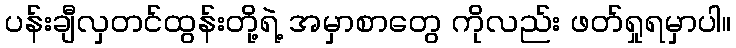
ပန်းချီလှတင်ထွန်းတို့ရဲ့ အမှာစာတွေ ကိုလည်း ဖတ်ရှုရမှာပါ။